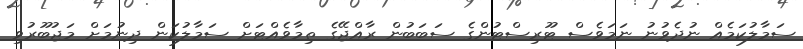
ސަމާލުކަމެއް ނުދެވުނު ނަމަވެސް ޓޫރިސްޓުންގެ ސަބަބުން ރާއްޖޭގެ ތިމާވެއްޓަށް ސަމާލުކަން ދިނުމަށް މަޖުބޫރުވި